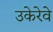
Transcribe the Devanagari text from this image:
उकेरेवे